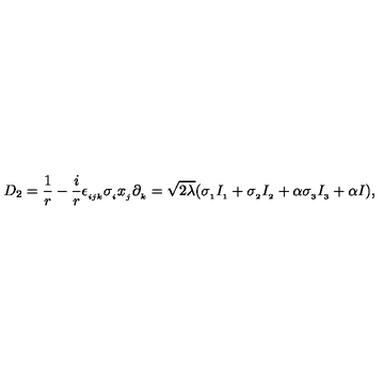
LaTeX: D _ { 2 } = \frac { 1 } { r } - \frac { i } { r } \epsilon _ { _ { i j k } } \sigma _ { _ { i } } x _ { _ { j } } \partial _ { _ { k } } = \sqrt { 2 \lambda } ( \sigma _ { _ { 1 } } I _ { _ { 1 } } + \sigma _ { _ { 2 } } I _ { _ { 2 } } + \alpha \sigma _ { _ { 3 } } I _ { _ { 3 } } + \alpha I ) ,